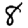
Digit: 8